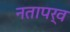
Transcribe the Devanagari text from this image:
नतापर्व